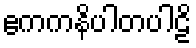
ဧကကနိပါတပါဠိ